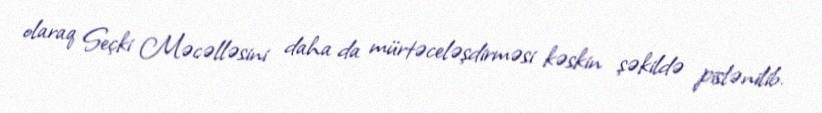
olaraq Seçki Məcəlləsini daha da mürtəceləşdirməsi kəskin şəkildə pislənilib.